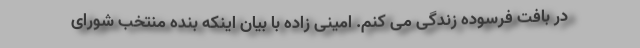
در بافت فرسوده زندگی می کنم. امینی زاده با بیان اینکه بنده منتخب شورای